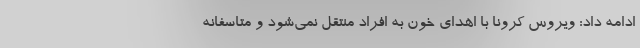
ادامه داد: ویروس کرونا با اهدای خون به افراد منتقل نمی‌شود و متاسفانه